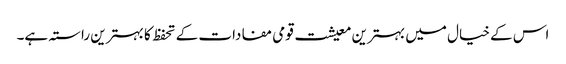
اس کے خیال میں بہترین معیشت قومی مفادات کے تحفظ کا بہترین راستہ ہے۔